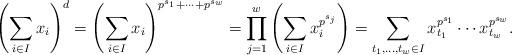
LaTeX: \begin{align*}\left( \sum_{i \in I} x_i \right)^d = \left( \sum_{i \in I} x_i \right)^{p^{s_1} + \cdots + p^{s_w}}= \prod_{j=1}^{w} \left( \sum_{i \in I} x_i ^{p^{s_j}} \right) = \sum_{t_1, \dots, t_w \in I} x_{t_1}^{p^{s_1}} \cdots x_{t_w}^{p^{s_w}}. \end{align*}